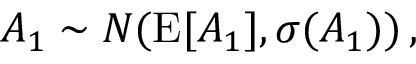
A _ { 1 } \sim { \cal N } ( \mathrm { E } [ A _ { 1 } ] , \sigma ( A _ { 1 } ) ) \, ,